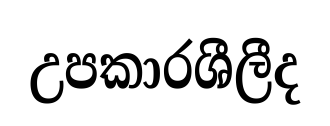
උපකාරශීලීද